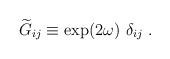
LaTeX: \begin{align*}{\widetilde G}_{ij}\equiv \exp(2\omega)~\delta_{ij}~.\end{align*}